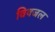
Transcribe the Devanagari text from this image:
विषजल